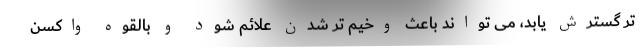
تر گسترش یابد، می تواند باعث وخیم تر شدن علائم شود و بالقوه واکسن